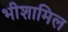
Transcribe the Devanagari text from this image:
भीशामिल